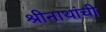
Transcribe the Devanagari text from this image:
श्रीनाथांची